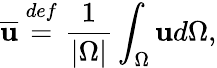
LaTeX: \overline{{\mathbf{u}}}\overset{def}{=}\frac{1}{\left\lvert\Omega\right\rvert}\int_{\Omega}\mathbf{u}d\Omega,